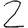
Digit: 2